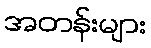
အတန်းများ